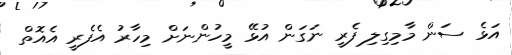
އަޅެ ސަން މާމިގިލި ފެރީ ނަގަން އުޅޭ މީހުންނަށް މިހާރު އެފެރީ އެއޮތް